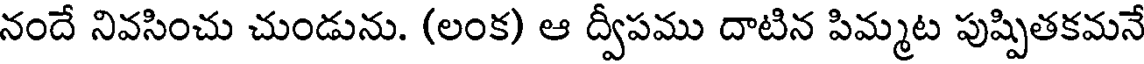
నందే నివసించు చుండును. (లంక) ఆ ద్వీపము దాటిన పిమ్మట పుష్పితకమనే